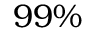
9 9 \%